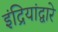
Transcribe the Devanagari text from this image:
इंद्रियांद्वारे